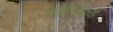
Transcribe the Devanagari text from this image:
जाहिरातदारही